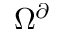
\Omega ^ { \partial }